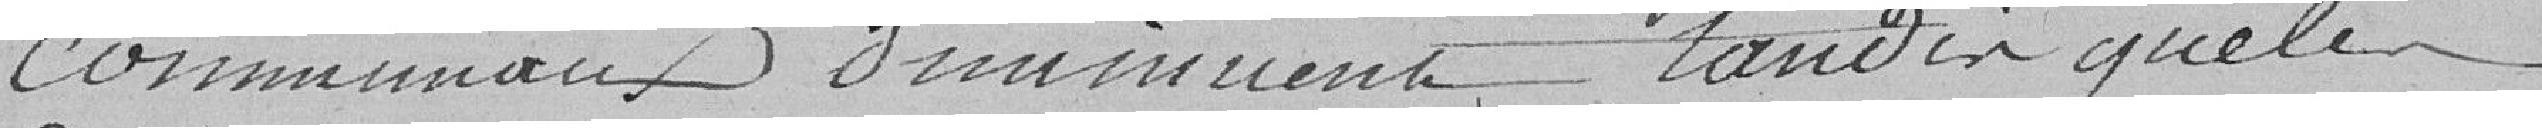
communaux diminuent, tandis que les